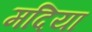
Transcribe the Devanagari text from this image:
मदिया